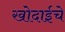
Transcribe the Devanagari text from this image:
खोदाईचे